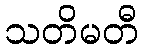
သတိမတီ